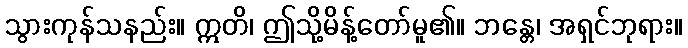
သွားကုန်သနည်း။ ဣတိ၊ ဤသို့မိန့်တော်မူ၏။ ဘန္တေ၊ အရှင်ဘုရား။